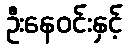
ဦးနေဝင်းနှင့်